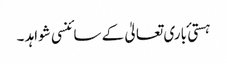
ہستی ٔ باری تعالیٰ کے سائنسی شواہد ۔